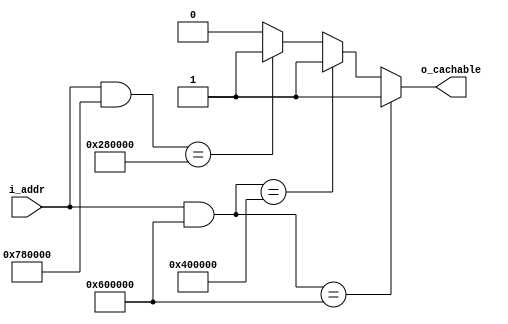
////////////////////////////////////////////////////////////////////////////////
//
//
// Project:	ArrowZip, a demonstration of the Arrow MAX1000 FPGA board
//
// DO NOT EDIT THIS FILE!
// Computer Generated: This file is computer generated by AUTOFPGA. DO NOT EDIT.
// DO NOT EDIT THIS FILE!
//
// CmdLine:	autofpga autofpga -d -o . clock.txt global.txt dlyarbiter.txt version.txt buserr.txt pic.txt pwrcount.txt spio.txt memsdev.txt rtclight.txt hbconsole.txt bkram.txt flexpress.txt sdram.txt zipbones.txt mem_all.txt mem_flash_bkram.txt mem_bkram_only.txt mem_sdram_bkram.txt
//
// Creator:	Dan Gisselquist, Ph.D.
//		Gisselquist Technology, LLC
//
////////////////////////////////////////////////////////////////////////////////
//
// Copyright (C) 2018-2020, Gisselquist Technology, LLC
//
// This program is free software (firmware): you can redistribute it and/or
// modify it under the terms of  the GNU General Public License as published
// by the Free Software Foundation, either version 3 of the License, or (at
// your option) any later version.
//
// This program is distributed in the hope that it will be useful, but WITHOUT
// ANY WARRANTY; without even the implied warranty of MERCHANTIBILITY or
// FITNESS FOR A PARTICULAR PURPOSE.  See the GNU General Public License
// for more details.
//
// You should have received a copy of the GNU General Public License along
// with this program.  (It's in the $(ROOT)/doc directory.  Run make with no
// target there if the PDF file isn't present.)  If not, see
// <http://www.gnu.org/licenses/> for a copy.
//
// License:	GPL, v3, as defined and found on www.gnu.org,
//		http://www.gnu.org/licenses/gpl.html
//
//
////////////////////////////////////////////////////////////////////////////////
//
//
`default_nettype none
//
module iscachable(i_addr, o_cachable);
	localparam		AW = 23;
	input	wire	[AW-1:0]	i_addr;
	output	reg			o_cachable;

	always @(*)
	begin
		o_cachable = 1'b0;
		// Bus master: zip
		// Bus master: wb
		// Bus master: wb_sio
		// Bus master: wb_dio
		// bkram
		if ((i_addr[22:0] & 23'h780000) == 23'h280000)
			o_cachable = 1'b1;
		// flash
		if ((i_addr[22:0] & 23'h600000) == 23'h400000)
			o_cachable = 1'b1;
		// sdram
		if ((i_addr[22:0] & 23'h600000) == 23'h600000)
			o_cachable = 1'b1;
	end

endmodule